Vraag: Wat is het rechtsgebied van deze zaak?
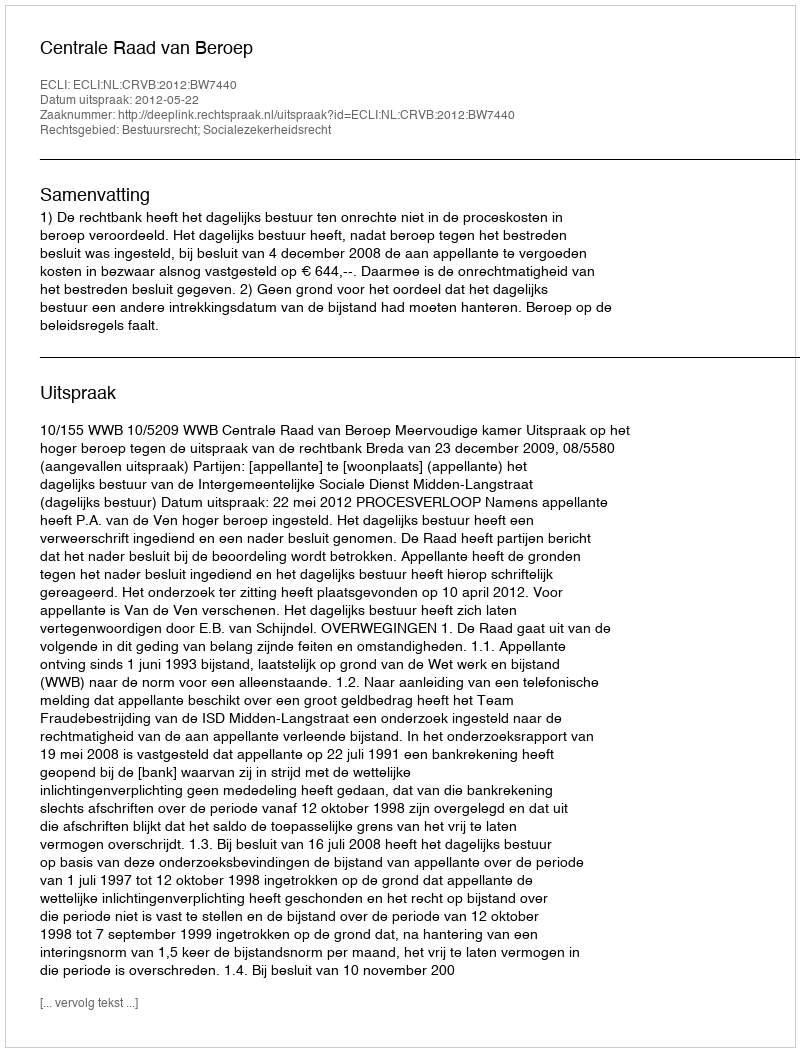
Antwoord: Bestuursrecht; Socialezekerheidsrecht